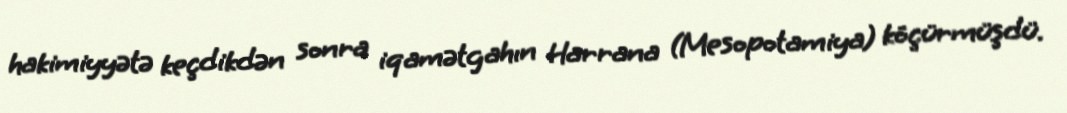
hakimiyyətə keçdikdən sonra iqamətgahın Harrana (Mesopotamiya) köçürmüşdü.